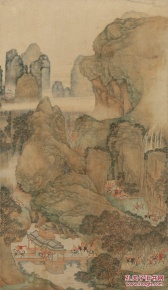
既秉上皇心，岂屑末代诮。